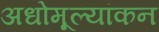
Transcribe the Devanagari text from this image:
अधोमूल्यांकन